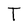
Character: T